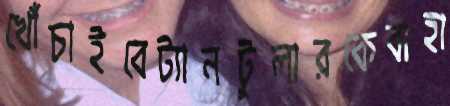
খোঁচাইবেট্যানটুলারকেবাহা